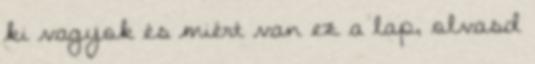
ki vagyok és miért van ez a lap, olvasd